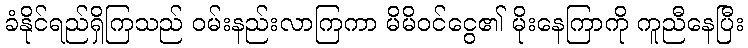
ခံနိုင်ရည်ရှိကြသည် ဝမ်းနည်းလာကြကာ မိမိဝင်ငွေ၏ မိုးနေကြာကို ကူညီနေပြီး